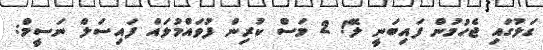
ގަލުގައި ޖެހުމުން ފައިބަނީ ލޭ! 2 މަސް ކުރިން ފުވައްމުލައް ފައިސަލް ނަސީމް: